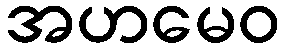
အဟမေဝ